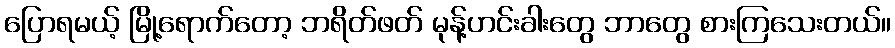
ပြောရမယ့် မြို့ရောက်တော့ ဘရိတ်ဖတ် မုန့်ဟင်းခါးတွေ ဘာတွေ စားကြသေးတယ်။